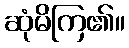
ဆုံမိကြ၏။